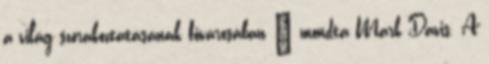
a világ szórakoztatásának fővárosában – mondta Mark Davis. A